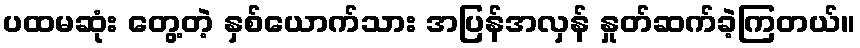
ပထမဆုံး တွေ့တဲ့ နှစ်ယောက်သား အပြန်အလှန် နှုတ်ဆက်ခဲ့ကြတယ်။